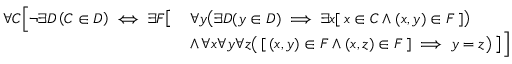
{ \begin{array} { r l } { \forall C { \Bigl [ } \lnot \exists D \left( C \in D \right) \iff \exists F { \bigl [ } } & { \, \forall y { \bigl ( } \exists D ( y \in D ) \implies \exists x [ \, x \in C \land ( x , y ) \in F \, ] { \bigr ) } } \\ & { \, \land \, \forall x \forall y \forall z { \bigl ( } \, [ \, ( x , y ) \in F \land ( x , z ) \in F \, ] \implies y = z { \bigr ) } \, { \bigr ] } \, { \Bigr ] } } \end{array} }